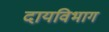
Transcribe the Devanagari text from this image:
दायविभाग